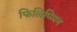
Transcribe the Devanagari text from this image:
फिलिप्प्पिन